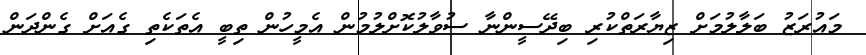
މައުރަޒު ބަލާލުމަށް ޒިޔާރަތްކުރި ބިދޭސީންނާ ސުވާލުކޮށްލުމުން އެމީހުން ތިބީ އެތަކެތި ގެއަށް ގެންދަން